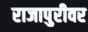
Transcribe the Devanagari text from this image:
राजापुरीवर